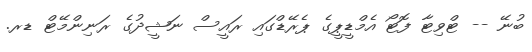
ބުނޭ -- ޓްވިޓާ ފޮޓޯ އެމްޑީޕީގެ ޕެރޭޑްގައި ރައީސް ނަޝީދުގެ ރަނިންމޭޓް ޑރ.